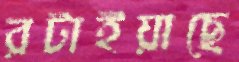
রটাইয়াছে